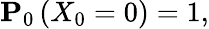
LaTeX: {\mathbf P}_{0}\left(X_{0}=0\right)=1,